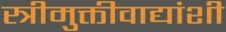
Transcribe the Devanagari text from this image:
स्त्रीमुक्तीवाद्यांशी